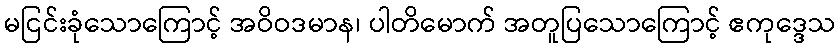
မငြင်းခုံသောကြောင့် အဝိဝဒမာန၊ ပါတိမောက် အတူပြသောကြောင့် ဧကုဒ္ဒေသ